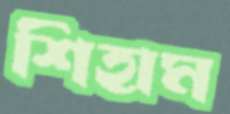
শিহাম